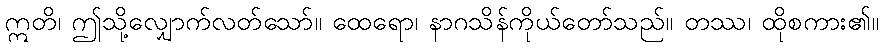
ဣတိ၊ ဤသို့လျှောက်လတ်သော်။ ထေရော၊ နာဂသိန်ကိုယ်တော်သည်။ တဿ၊ ထိုစကား၏။